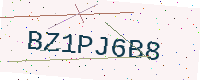
Text: BZ1PJ6B8